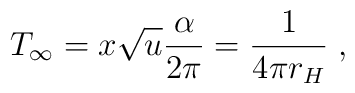
T_{\infty} = x \sqrt{u} {\alpha \over 2 \pi} = {1 \over 4 \pi r_H} \; ,